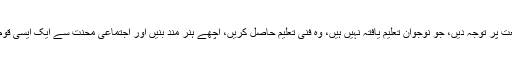
مسلمانوں میں یہ جذبہ پیدا کرنا چاہئے کہ وہ تجارت اور صنعت پر توجہ دیں، جو نوجوان تعلیم یافتہ نہیں ہیں، وہ فنی تعلیم حاصل کریں، اچھے ہنر مند بنیں اور اجتماعی محنت سے ایک ایسی قوم بنیں جس کے پاس دینے والا ہاتھ ہو نہ کہ صرف لینے والا۔